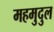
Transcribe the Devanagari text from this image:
महमुदुल